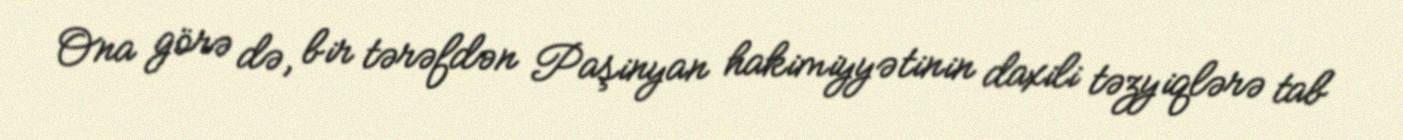
Ona görə də, bir tərəfdən Paşinyan hakimiyyətinin daxili təzyiqlərə tab